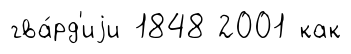
гва́рд'иjи 1848 2001 как